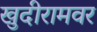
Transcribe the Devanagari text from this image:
खुदीरामवर